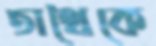
তাথৈকে